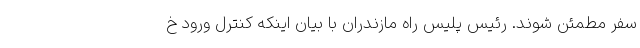
سفر مطمئن شوند. رئیس پلیس راه مازندران با بیان اینکه کنترل ورود خ